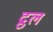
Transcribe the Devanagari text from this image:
द्रुल